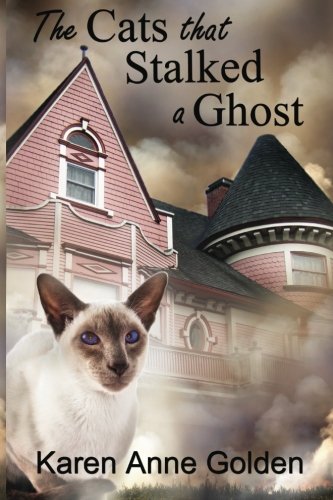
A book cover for The Cats that Stalked a Ghost (The Cats that . . . Cozy Mystery) (Volume 6); Karen Anne Golden; Mystery, Thriller & Suspense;